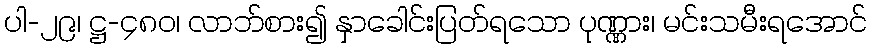
ပါ-၂၉၊ ဋ္ဌ-၄၈၀၊ လာဘ်စား၍ နှာခေါင်းပြတ်ရသော ပုဏ္ဏား၊ မင်းသမီးရအောင်